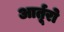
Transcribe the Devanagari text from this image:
आर्तूरो